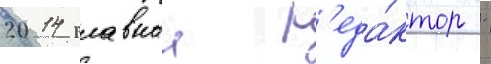
2014 главныи р'еда́ктор -